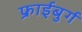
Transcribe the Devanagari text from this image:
फ्राईबुर्ग